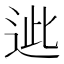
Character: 𨒤